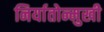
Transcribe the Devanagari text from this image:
निर्यातोन्मुखी